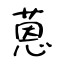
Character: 蒽